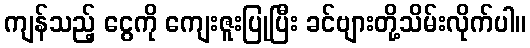
ကျန်သည့် ငွေကို ကျေးဇူးပြုပြီး ခင်ဗျားတို့သိမ်းလိုက်ပါ။